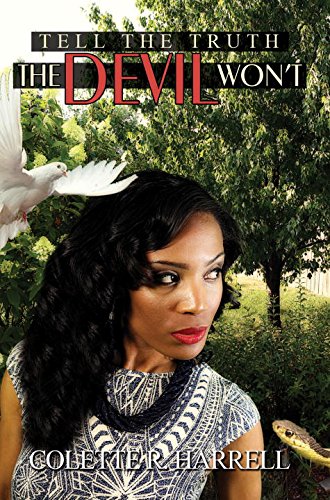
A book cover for Tell the Truth The Devil Won't; Colette R. Harrell; Literature & Fiction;